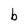
Character: b